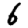
Digit: 6